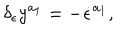
\delta _ { \epsilon } y ^ { a _ { 1 } } = - \dot { \epsilon } ^ { a _ { 1 } } ,